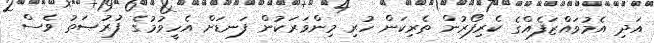
އަދި އެމުވައްޒަފެއްގެ ކެރިފޯރުން ތެރިކަން ހުރި މިންވަރަކުން ފަނޑަށް އެހީވުމުގެ ފުރުޞަތު ވެސް